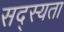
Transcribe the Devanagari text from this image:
सद्स्यता